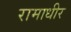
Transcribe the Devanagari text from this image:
रामाधीर